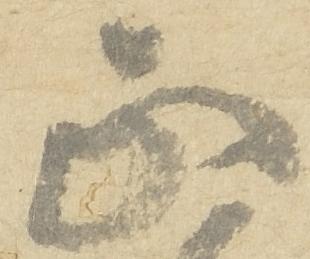
正